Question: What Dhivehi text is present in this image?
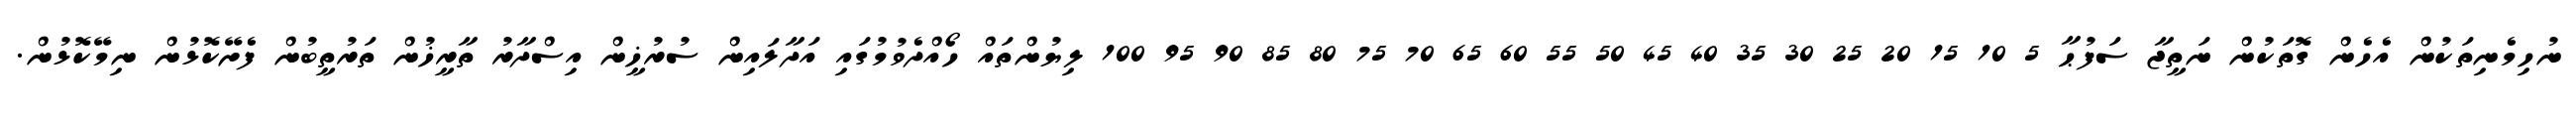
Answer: ނުހިމެނިތަކުން އެހެން ގޮތަކުން ނަތީޖާ ސަފުޙާ 5 10 15 20 25 30 35 40 45 50 55 60 65 70 75 80 85 90 95 100 ލިޔުންތައް ހޯއްދެވުމުގައި އަދާލައިން ސުރުޚީން އިސްދާރު ތާރީޚުން ތަރުތީބުން ފެށޭކޮޅުން ނިމޭކޮޅުން.